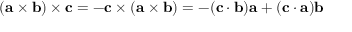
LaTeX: ( \mathbf { a } \times \mathbf { b } ) \times \mathbf { c } = - \mathbf { c } \times ( \mathbf { a } \times \mathbf { b } ) = - ( \mathbf { c } \cdot \mathbf { b } ) \mathbf { a } + ( \mathbf { c } \cdot \mathbf { a } ) \mathbf { b }